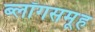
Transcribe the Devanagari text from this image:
ब्लॉगसमूह